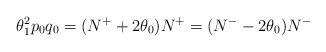
LaTeX: \begin{align*}\theta_1^2p_0q_0=(N^++2\theta_0)N^+=(N^--2\theta_0)N^-\end{align*}